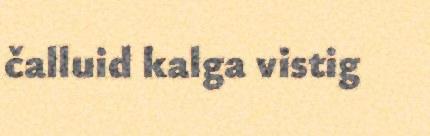
čalluid kalga vistig